Report on vaccination North-West Frontier Province 1904-1922 - 1904-1922
Year: 1904
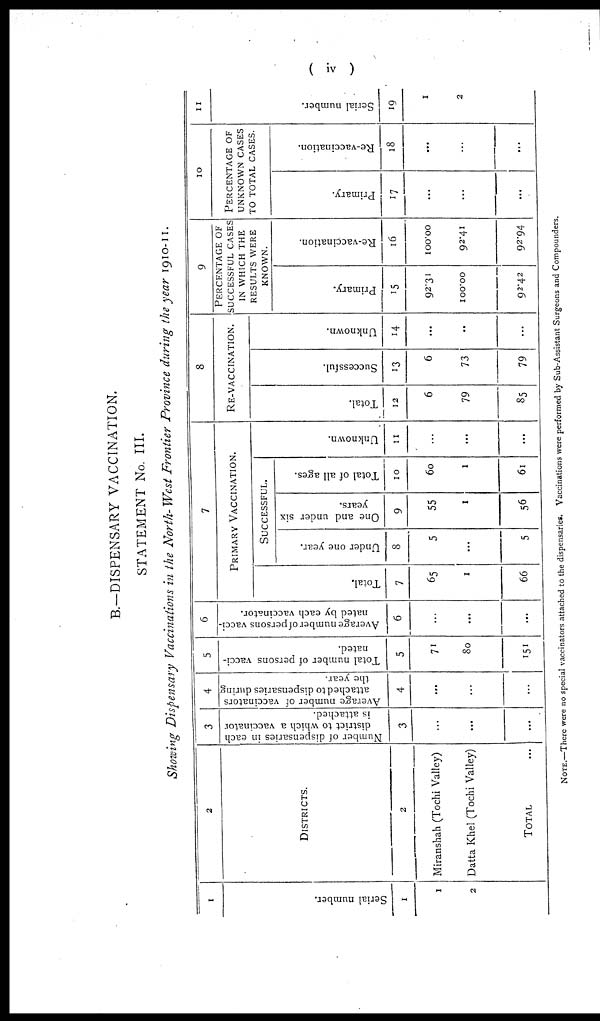
( iv )
B.—DISPENSARY VACCINATION.
STATEMENT No. III.
Showing Dispensary Vaccinations in the North- West Frontier Province during the year 1910-11.
1
Serial number.
1
1
2
2
DISTRICTS.
2
Miranshah (Tochi Valley)
Datta Khel (Tochi Valley)
TOTAL ...
3
Number of dispensaries in each
district to which a vaccinator
is attached.
3
...
...
...
4
Average number of vaccinators
attached to dispensaries during
the year.
4
...
...
...
5
Total number of persons vacci-
nated.
5
71
80
151
6
Average number of persons vacci-
nated by each vaccinator.
6
...
...
...
7
PRIMARY VACCINATION.
Total.
7
65
1
66
SUCCESSFUL.
Under one year.
8
5
...
5
One and under six
years.
9
55
1
56
Total of all ages.
10
60
1
61
Unknown.
11
...
...
...
8
RE-VACCINATION.
Total.
12
6
79
85
Successful.
13
6
73
79
Unknown.
14
...
...
...
9
PERCENTAGE OF
SUCCESSFUL CASES
IN WHICH THE
RESULTS WERE
KNOWN.
Primary.
15
92.31
100.00
92.42
Re-vaccination.
16
100.00
92.41
92.94
10
PERCENTAGE OF
UNKNOWN CASES
TO TOTAL CASES.
Primary.
17
...
...
...
Re-vaccination.
18
...
...
...
11
Serial number.
19
1
2
NOTE.—There were no special vaccinators attached to the dispensaries. Vaccinations were performed by Sub-Assistant Surgeons and Compounders.